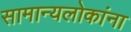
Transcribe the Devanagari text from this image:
सामान्यलोकांना